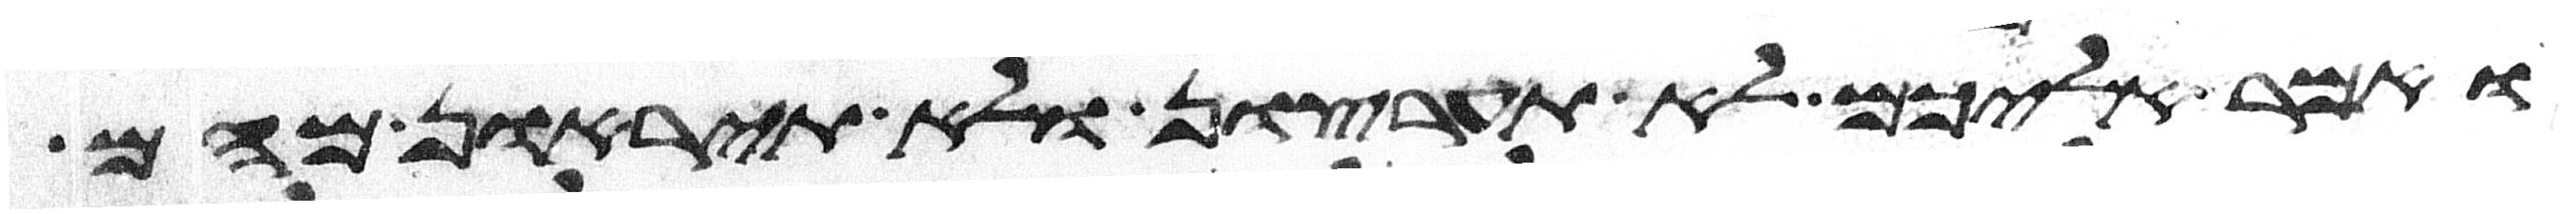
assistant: ואמר אליכם לא תערצון ולא תיראון מהם